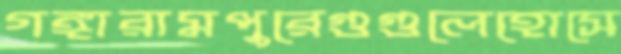
গঙ্গারামপুরেগুগুলেহোসে